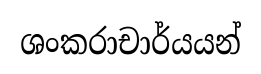
ශංකරාචාර්යයන්